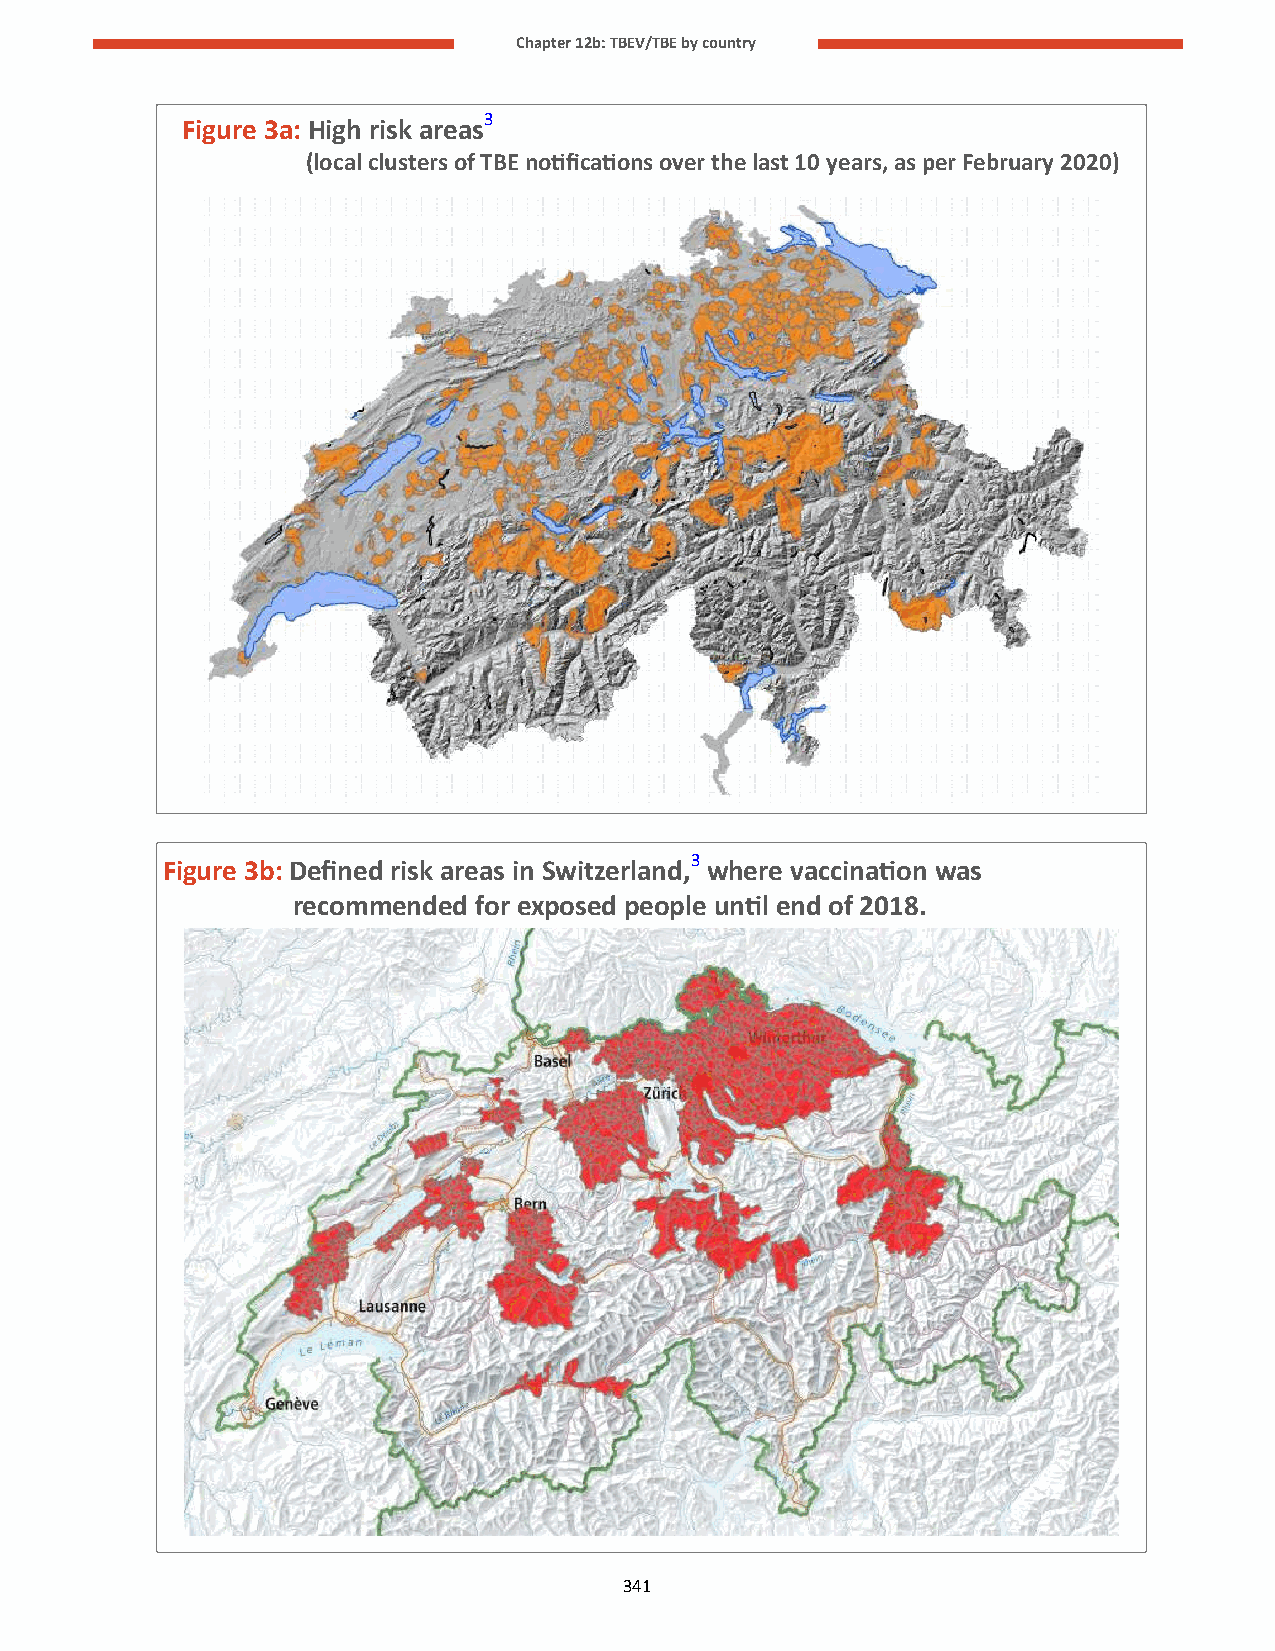
Chapter 12b: TBEV/TBE by country
 Figure 3a: High risk areas3
 (local clusters of TBE notifications over the last 10 years, as per February 2020)
 F igure 3b: Defined risk areas in Switzerland,3 where vaccination was
 recommended for exposed people until end of 2018.
 341